Vaccination in Bombay 1874-1876 - 1874-1876
Year: 1874
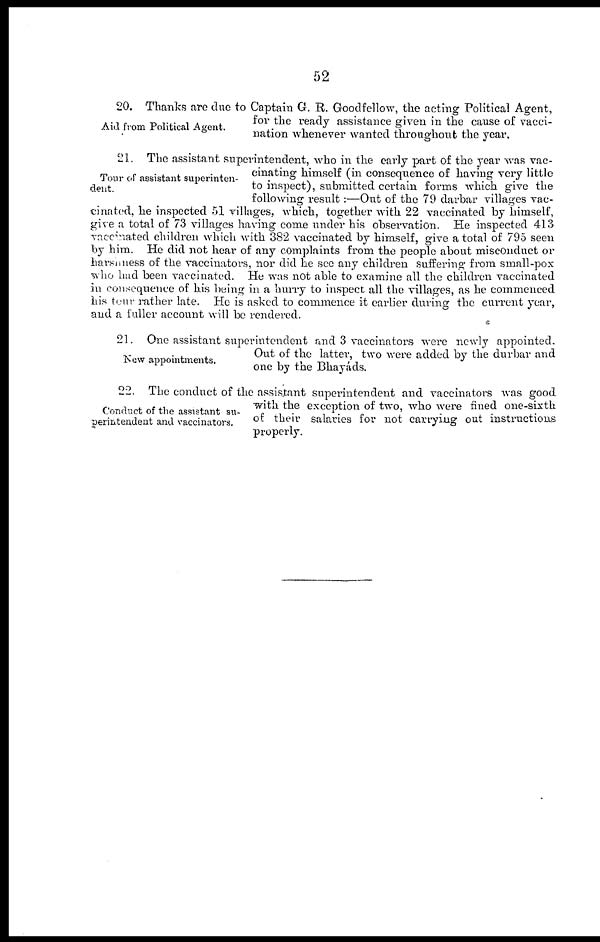
52
Aid from Political Agent.
20. Thanks are due to Captain G. R. Goodfellow, the acting Political Agent,
for the ready assistance given in the cause of vacci-
nation whenever wanted throughout the year.
Tour of assistant superinten-
dent.
21. The assistant superintendent, who in the early part of the year was vac-
cinating himself (in consequence of having very little
to inspect), submitted certain forms which give the
following result:—Out of the 79 darbar villages vac-
cinated, he inspected 51 villages, which, together with 22 vaccinated by himself,
give a total of 73 villages having come under his observation. He inspected 413
vaccinated children which with 382 vaccinated by himself, give a total of 795 seen
by him. He did not hear of any complaints from the people about misconduct or
harsaness of the vaccinators, nor did he see any children suffering from small-pox
who had been vaccinated. He was not able to examine all the children vaccinated
in consequence of his being in a hurry to inspect all the villages, as he commenced
his tour rather late. He is asked to commence it earlier during the current year,
and a fuller account will be rendered.
New appointments.
21. One assistant superintendent and 3 vaccinators were newly appointed.
Out of the latter, two were added by the durbar and
one by the Bhayáds.
Conduct of the assistant su-
perintendent and vaccinators.
22. The conduct of the assistant superintendent and vaccinators was good
with the exception of two, who were fined one-sixth
of their salaries for not carrying out instructions
properly.